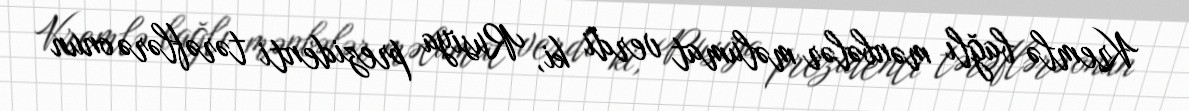
Kremlə bağlı mənbələr məlumat verdi ki, Rusiya prezidenti tərəflərə onun